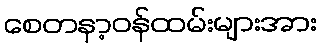
စေတနာ့ဝန်ထမ်းများအား